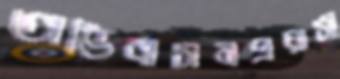
অভিবাসনপ্রয়াসী